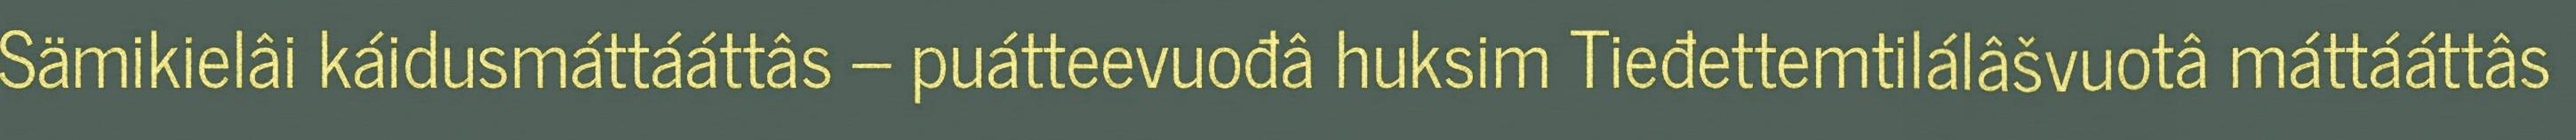
Sämikielâi káidusmáttááttâs – puátteevuođâ huksim Tieđettemtilálâšvuotâ máttááttâs